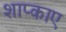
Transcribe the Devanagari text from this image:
शाप्काए